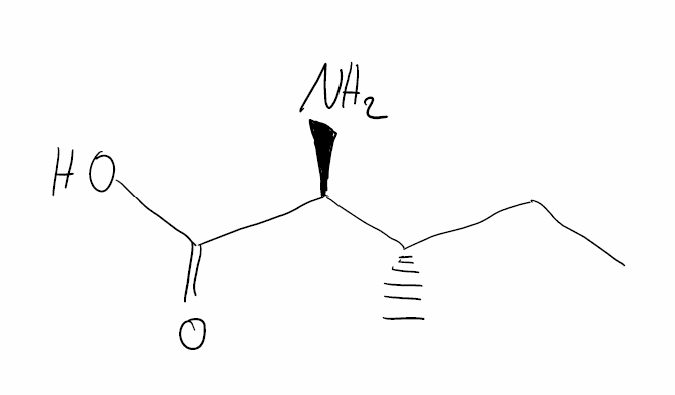
Simplified molecular-input line-entry system (SMILES) notation of the given molecule:
CC[C@H](C)[C@@H](C(=O)O)N